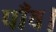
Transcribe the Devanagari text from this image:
पाँव।